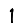
Digit: 1